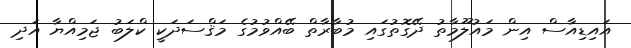
އައިޑިއާސް އިން މައުލޫމާތު ދޭގޮތުގައި މުބާރާތް ބޭއްވުމުގެ މަޤްސަދަކީ ކްލަބު ޖަމިއްޔާ އަދި